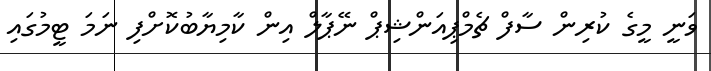
ވަނީ މީގެ ކުރިން ސާފް ޗެމްޕިއަންޝިޕް ނޭޕާލް އިން ކާމިޔާބުކޮށްފި ނަމަ ޓީމުގައި